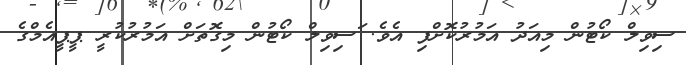
ސިވިލް ކޯޓުން މިއަދު އަމުރުކޮށްފި އެވެ. ަސިވިލް ކޯޓުން މިގޮތަށް އަމުރުކުރީ ޕީޕީއެމްގެ